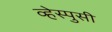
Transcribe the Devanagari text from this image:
व्हेस्पुसी